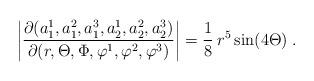
LaTeX: \begin{align*}\left| \frac{\partial(a_1^1, a_1^2, a_1^3, a_2^1, a_2^2, a_2^3)} {\partial (r,\Theta,\Phi,\varphi^1,\varphi^2,\varphi^3)} \right| = \frac{1}{8}\: r^5 \sin(4\Theta) \;. \end{align*}